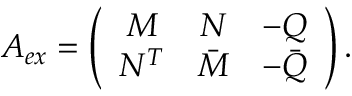
A _ { e x } = \left( \begin{array} { c c c } { { M } } & { { N } } & { { - Q } } \\ { { N ^ { T } } } & { { \bar { M } } } & { { - \bar { Q } } } \end{array} \right) .